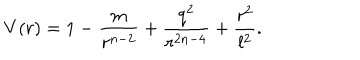
LaTeX: V ( r ) = 1 - \frac { m } { r ^ { n - 2 } } + \frac { q ^ { 2 } } { r ^ { 2 n - 4 } } + \frac { r ^ { 2 } } { l ^ { 2 } } .